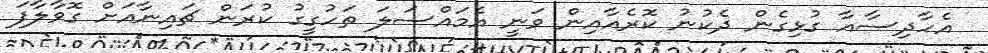
އެހާދިސާއާ ގުޅިގެން ދެކުނު ކޮރެއާއިން ވަނީ އެމައްސަލަ ތަހުގީގު ކުރަން ޗައިނާއަށް ގޮވާލާފަ